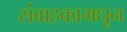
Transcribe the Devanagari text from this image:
संवाहकामधून